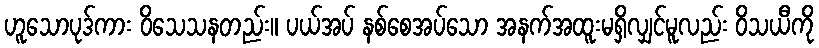
ဟူသောပုဒ်ကား ဝိသေသနတည်း။ ပယ်အပ် နစ်စေအပ်သော အနက်အထူးမရှိလျှင်မူလည်း ဝိသယီကို